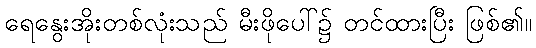
ရေနွေးအိုးတစ်လုံးသည် မီးဖိုပေါ်၌ တင်ထားပြီး ဖြစ်၏။